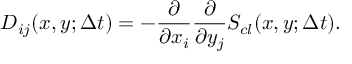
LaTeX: D _ { i j } ( x , y ; \Delta t ) = - \frac { \partial } { \partial x _ { i } } \frac { \partial } { \partial y _ { j } } S _ { c l } ( x , y ; \Delta t ) .